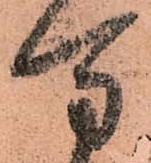
万